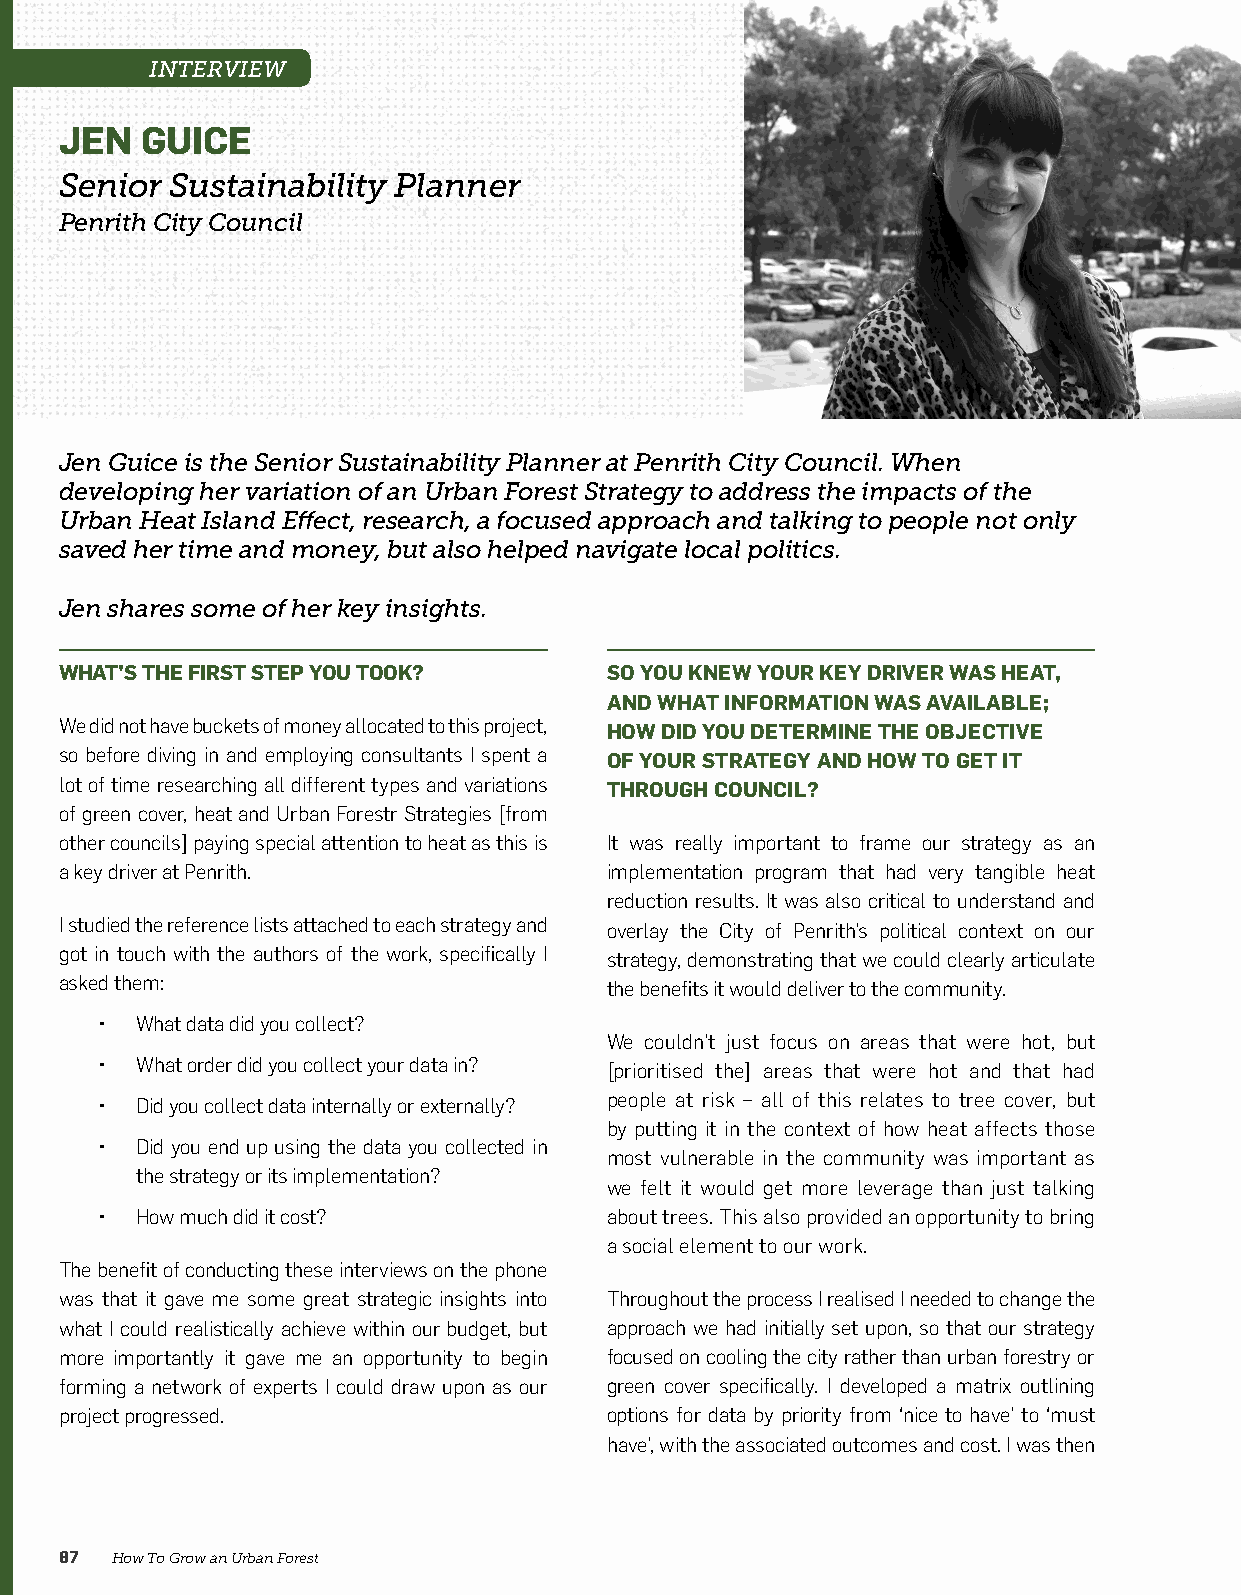
INTERVIEW
 JEN  GUICE
 Senior Sustainability Planner
 Penrith City Council
 Jen Guice is the Senior Sustainability Planner at Penrith City Council. When
 developing her variation of an Urban Forest Strategy to address the impacts of the
 Urban Heat Island Effect, research, a focused approach and talking to people not only
 saved her time and money, but also helped navigate local politics.
 Jen shares some of her key insights.
 WHAT’S THE FIRST STEP YOU TOOK?     SO YOU KNEW YOUR KEY DRIVER WAS HEAT,
 AND WHAT INFORMATION WAS AVAILABLE;
 We did not have buckets of money allocated to this project, HOW DID YOU DETERMINE THE OBJECTIVE
 so before diving in and employing consultants I spent a OF YOUR STRATEGY AND HOW TO GET IT
 lot of time researching all different types and variations THROUGH COUNCIL?
 of green cover, heat and Urban Forestr Strategies [from
 other councils] paying special attention to heat as this is It was really important to frame our strategy as an
 a key driver at Penrith.            implementation program that had very tangible heat
 reduction results. It was also critical to understand and
 I studied the reference lists attached to each strategy and overlay the City of Penrith’s political context on our
 got in touch with the authors of the work, specifically I strategy, demonstrating that we could clearly articulate
 asked them:                         the benefits it would deliver to the community.
 • What data did you collect?
 We couldn’t just focus on areas that were hot, but
 • What order did you collect your data in? [prioritised the] areas that were hot and that had
 people at risk – all of this relates to tree cover, but
 • Did you collect data internally or externally?
 by putting it in the context of how heat affects those
 • Did you end up using the data you collected in
 most vulnerable in the community was important as
 the strategy or its implementation?
 we felt it would get more leverage than just talking
 • How much did it cost?          about trees. This also provided an opportunity to bring
 a social element to our work.
 The benefit of conducting these interviews on the phone
 was that it gave me some great strategic insights into Throughout the process I realised I needed to change the
 what I could realistically achieve within our budget, but approach we had initially set upon, so that our strategy
 more importantly it gave me an opportunity to begin focused on cooling the city rather than urban forestry or
 forming a network of experts I could draw upon as our green cover specifically. I developed a matrix outlining
 project progressed.                 options for data by priority from ‘nice to have’ to ‘must
 have’, with the associated outcomes and cost. I was then
 87 How To Grow an Urban Forest